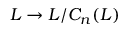
L \to L / C _ { n } ( L )